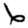
Digit: 6